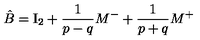
\hat { B } = \mathrm { I } _ { 2 } + { \frac { 1 } { p - q } } M ^ { - } + { \frac { 1 } { p + q } } M ^ { + }